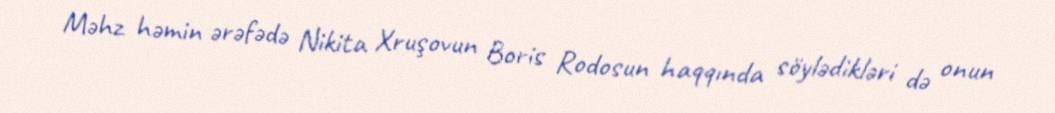
Məhz həmin ərəfədə Nikita Xruşovun Boris Rodosun haqqında söylədikləri də onun